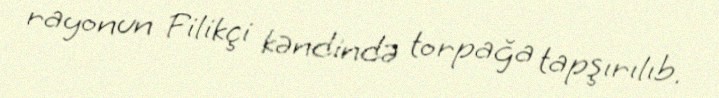
rayonun Filikçi kəndində torpağa tapşırılıb.